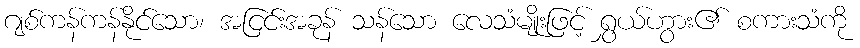
ဂျစ်ကန်ကန်နိုင်သော၊ အငြင်းအခုန် သန်သော လေသံမျိုးဖြင့် ရွှယ်ဟွား၏ စကားသံကို